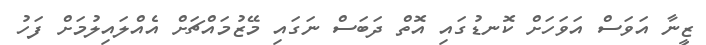
ޒީނާ އަވަސް އަވަހަށް ކޮނޑުގައި އޮތް ދަބަސް ނަގައި މޭޒުމައްޗަށް އެއްލައިލުމަށް ފަހު